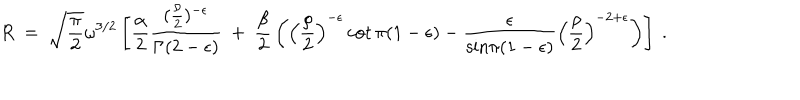
LaTeX: R ~ = ~ { \sqrt { \frac { \pi } { 2 } } } \omega ^ { 3 / 2 } \left[ { \frac { \alpha } { 2 } } \frac { ( { \frac { \rho } { 2 } } ) ^ { - \epsilon } } { \Gamma ( 2 - \epsilon ) } ~ + ~ { \frac { \beta } { 2 } } \left( \left( { \frac { \rho } { 2 } } \right) ^ { - \epsilon } \cot \pi ( 1 - \epsilon ) - \frac { \epsilon } { { \mathrm { s i n } } \pi ( 1 - \epsilon ) } \left( { \frac { \rho } { 2 } } \right) ^ { - 2 + \epsilon } \right) \right] ~ .